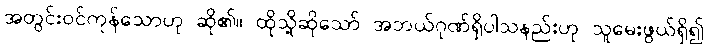
အတွင်းဝင်ကုန်သောဟု ဆို၏။ ထိုသို့ဆိုသော် အဘယ်ဂုဏ်ရှိပါသနည်းဟု သူမေးဖွယ်ရှိ၍